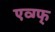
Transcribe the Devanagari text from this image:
एव्ग्फ्